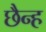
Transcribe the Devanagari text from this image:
छैन्ह